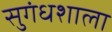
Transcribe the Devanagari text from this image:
सुगंधशाला